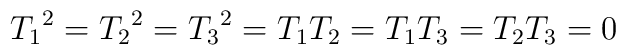
{T_1}^2 = {T_2}^2 = {T_3}^2 = T_1 T_2 = T_1 T_3 = T_2 T_3 = 0